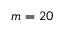
m = 2 0